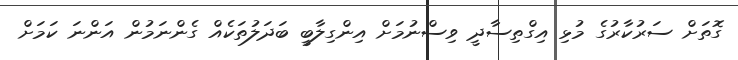
ގޮތަށް ސަރުކާރުގެ މުޅި އިގްތިސާދީ ވިސްނުމަށް އިންގިލާބީ ބަދަލުތަކެއް ގެންނަމުން އަންނަ ކަމަށް